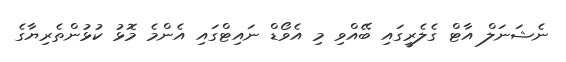
ނެޝަނަލް އާޓް ގެލެރީގައި ބޭއްވި މި އެވޯޑް ނައިޓްގައި އެންމެ މޮޅު ކުޅުންތެރިޔާގެ